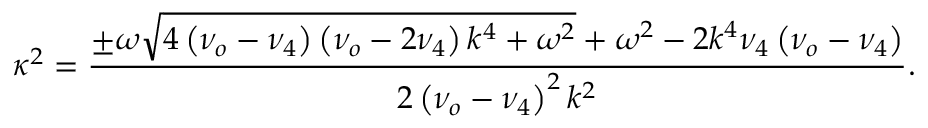
\kappa ^ { 2 } = \frac { \pm \omega \sqrt { 4 \left( \nu _ { o } - \nu _ { 4 } \right) \left( \nu _ { o } - 2 \nu _ { 4 } \right) k ^ { 4 } + \omega ^ { 2 } } + \omega ^ { 2 } - 2 k ^ { 4 } \nu _ { 4 } \left( \nu _ { o } - \nu _ { 4 } \right) } { 2 \left( \nu _ { o } - \nu _ { 4 } \right) ^ { 2 } k ^ { 2 } } .